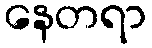
နေတရာ